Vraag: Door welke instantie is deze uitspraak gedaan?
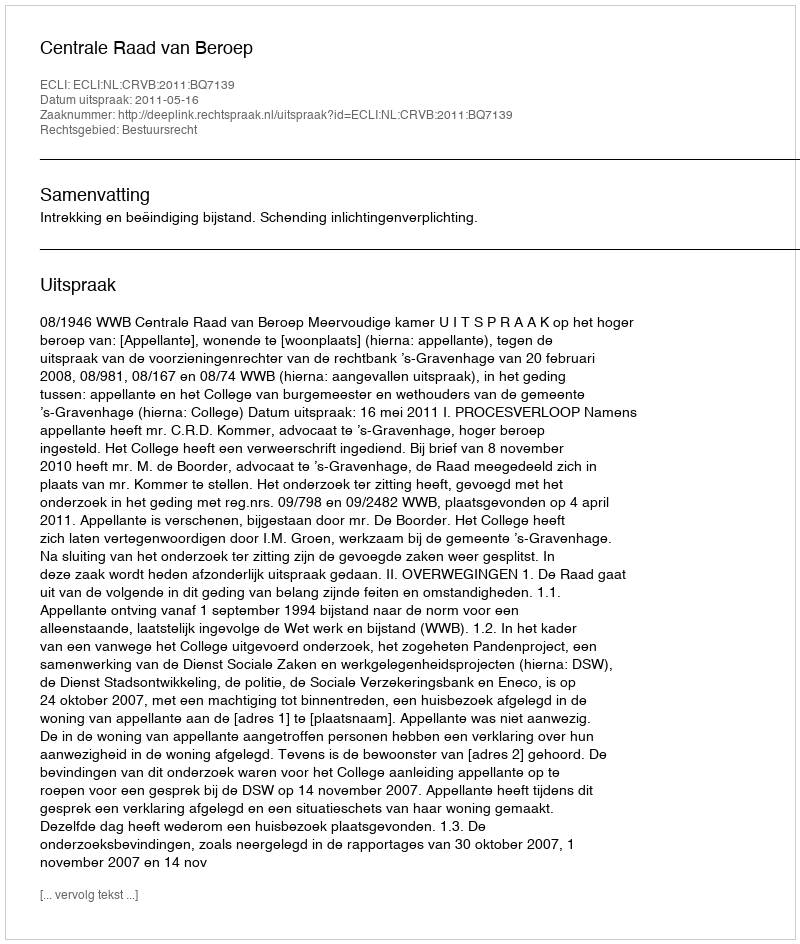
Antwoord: Centrale Raad van Beroep